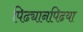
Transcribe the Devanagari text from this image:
पिढ्यानपिढया